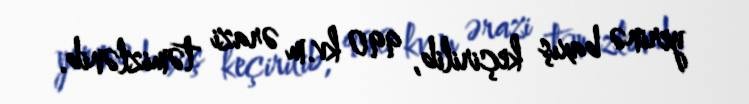
yerinə baxış keçirilib, 990 kv.m ərazi təmizlənib.